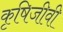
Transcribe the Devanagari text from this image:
कृषिजीवी